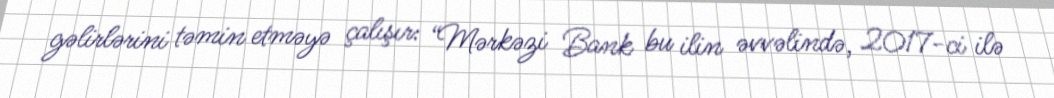
gəlirlərini təmin etməyə çalışır: “Mərkəzi Bank bu ilin əvvəlində, 2017-ci ilə